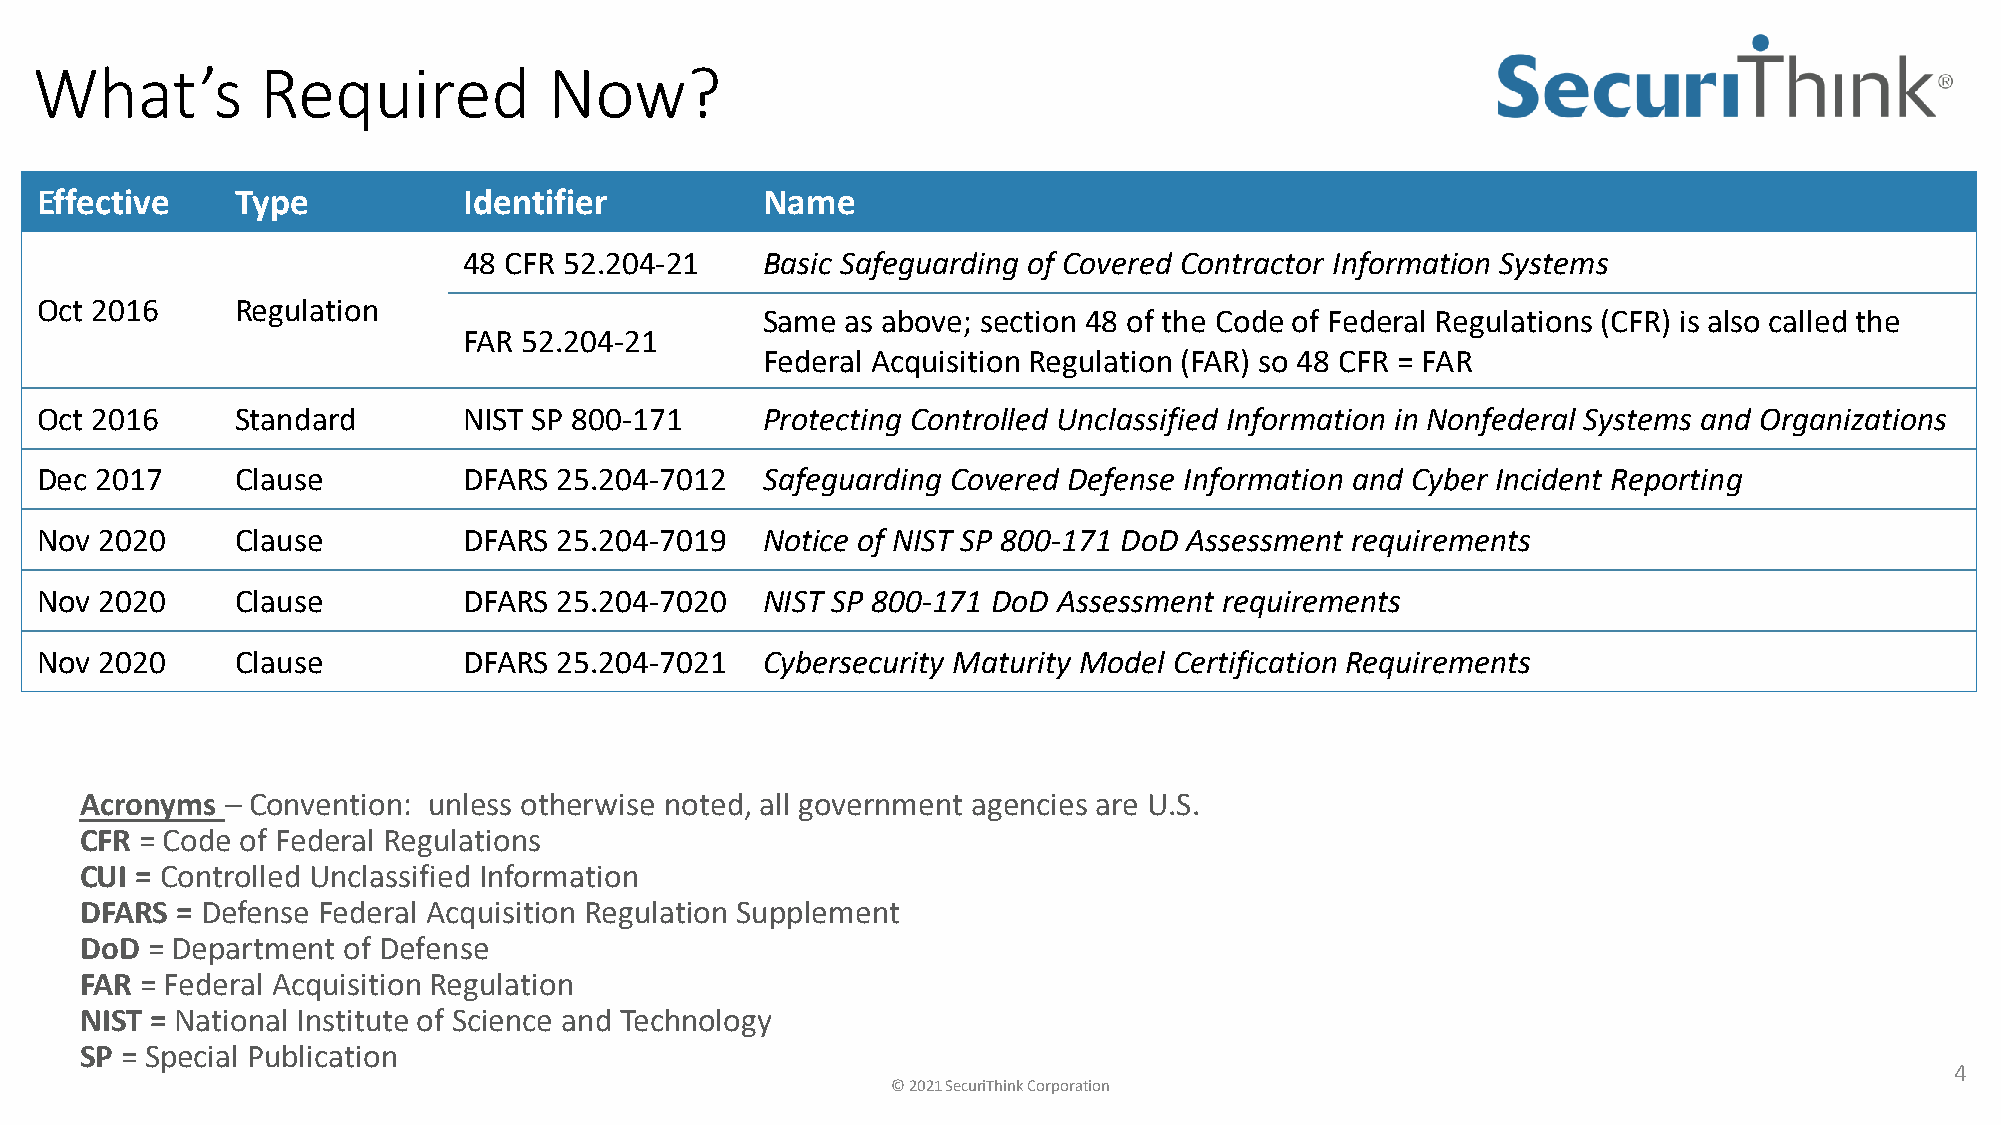
What’s         Required           Now?
 Effective     Type           Identifier         Name
 48 CFR 52.204-21   Basic Safeguarding of Covered Contractor Information Systems
 Oct 2016      Regulation
 Same  as above; section 48 of the Code of Federal Regulations (CFR) is also called the
 FAR 52.204-21
 Federal Acquisition Regulation (FAR) so 48 CFR = FAR
 Oct 2016      Standard       NIST SP 800-171    Protecting Controlled Unclassified Information in Nonfederal Systems and Organizations
 Dec 2017      Clause         DFARS 25.204-7012  Safeguarding Covered Defense Information and Cyber Incident Reporting
 Nov  2020     Clause         DFARS 25.204-7019  Notice of NIST SP 800-171 DoD Assessment requirements
 Nov  2020     Clause         DFARS 25.204-7020  NIST SP 800-171 DoD Assessment requirements
 Nov  2020     Clause         DFARS 25.204-7021  Cybersecurity Maturity Model Certification Requirements
 Acronyms  – Convention: unless otherwise noted, all government agencies are U.S.
 CFR = Code of Federal Regulations
 CUI = Controlled Unclassified Information
 DFARS  = Defense Federal Acquisition Regulation Supplement
 DoD  = Department of Defense
 FAR = Federal Acquisition Regulation
 NIST = National Institute of Science and Technology
 SP = Special Publication
 4
 © 2021 SecuriThink Corporation